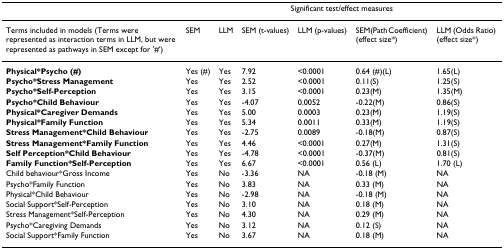
<table><thead><tr><td></td><td colspan="6"><b>Significant test/effect measures</b></td></tr></thead><tbody><tr><td>Terms included in models (Terms were represented as interaction terms in LLM, but were represented as pathways in SEM except for &#x27;#&#x27;)</td><td>SEM</td><td>LLM</td><td>SEM (t-values)</td><td>LLM (p-values)</td><td>SEM(Path Coefficient) (effect size*)</td><td>LLM (Odds Ratio) (effect size*)</td></tr><tr><td><b>Physical*Psycho (#)</b></td><td>Yes (#)</td><td>Yes</td><td>7.92</td><td>&lt;0.0001</td><td>0.64 (#)(L)</td><td>1.65(L)</td></tr><tr><td><b>Psycho*Stress Management</b></td><td>Yes</td><td>Yes</td><td>2.52</td><td>&lt;0.0001</td><td>0.11(S)</td><td>1.25(S)</td></tr><tr><td><b>Psycho*Self-Perception</b></td><td>Yes</td><td>Yes</td><td>3.15</td><td>&lt;0.0001</td><td>0.23(M)</td><td>1.35(M)</td></tr><tr><td><b>Psycho*Child Behaviour</b></td><td>Yes</td><td>Yes</td><td>-4.07</td><td>0.0052</td><td>-0.22(M)</td><td>0.86(S)</td></tr><tr><td><b>Physical*Caregiver Demands</b></td><td>Yes</td><td>Yes</td><td>5.00</td><td>0.0003</td><td>0.23(M)</td><td>1.19(S)</td></tr><tr><td><b>Physical*Family Function</b></td><td>Yes</td><td>Yes</td><td>5.34</td><td>0.0011</td><td>0.33(M)</td><td>1.19(S)</td></tr><tr><td><b>Stress Management*Child Behaviour</b></td><td>Yes</td><td>Yes</td><td>-2.75</td><td>0.0089</td><td>-0.18(M)</td><td>0.87(S)</td></tr><tr><td><b>Stress Management*Family Function</b></td><td>Yes</td><td>Yes</td><td>4.46</td><td>&lt;0.0001</td><td>0.27(M)</td><td>1.31(S)</td></tr><tr><td><b>Self Perception*Child Behaviour</b></td><td>Yes</td><td>Yes</td><td>-4.78</td><td>&lt;0.0001</td><td>-0.37(M)</td><td>0.81(S)</td></tr><tr><td><b>Family Function*Self-Perception</b></td><td>Yes</td><td>Yes</td><td>6.67</td><td>&lt;0.0001</td><td>0.56 (L)</td><td>1.70 (L)</td></tr><tr><td>Child behaviour*Gross Income</td><td>Yes</td><td>No</td><td>-3.36</td><td>NA</td><td>-0.18 (M)</td><td>NA</td></tr><tr><td>Psycho*Family Function</td><td>Yes</td><td>No</td><td>3.83</td><td>NA</td><td>0.33 (M)</td><td>NA</td></tr><tr><td>Physical*Child Behaviour</td><td>Yes</td><td>No</td><td>-2.98</td><td>NA</td><td>-0.18 (M)</td><td>NA</td></tr><tr><td>Social Support*Self-Perception</td><td>Yes</td><td>No</td><td>3.10</td><td>NA</td><td>0.18 (M)</td><td>NA</td></tr><tr><td>Stress Management*Self-Perception</td><td>Yes</td><td>No</td><td>4.30</td><td>NA</td><td>0.29 (M)</td><td>NA</td></tr><tr><td>Psycho*Caregiving Demands</td><td>Yes</td><td>No</td><td>3.12</td><td>NA</td><td>0.12 (S)</td><td>NA</td></tr><tr><td>Social Support*Family Function</td><td>Yes</td><td>No</td><td>3.67</td><td>NA</td><td>0.18 (M)</td><td>NA</td></tr></tbody></table>